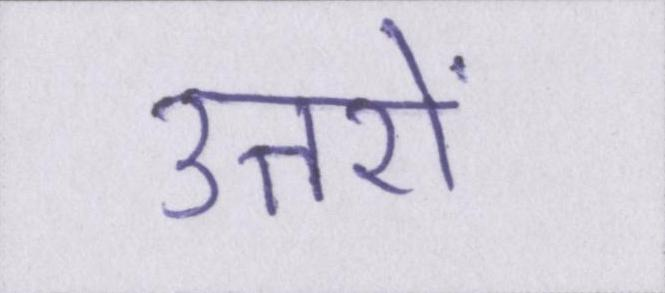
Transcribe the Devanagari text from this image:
उत्तरों